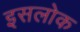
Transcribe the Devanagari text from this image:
इसलोक